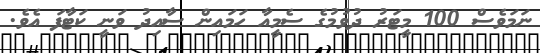
ނަމަވެސް 100 މީޓަރު ދުވުމުގެ ސެމީއާ ހަމައިން ސާއިދު ވަނީ ކަޓާފަ އެވެ.